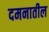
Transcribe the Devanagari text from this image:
दमनातील